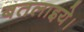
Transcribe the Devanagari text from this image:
बतलाइये।